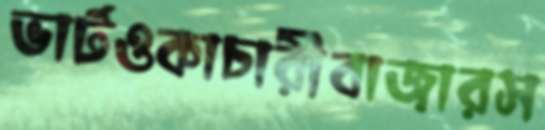
ভার্টওকাচারীবাজারস